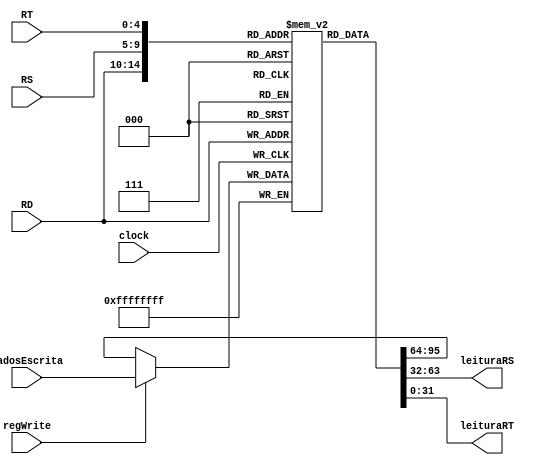
module banco_de_registradores(clock, regWrite, RS, RT,
RD, dadosEscrita, leituraRS, leituraRT);
	// ----------Portas de Entrada---------- //
	input [4:0] RS; // Registrador fonte
	input [4:0] RT; // Registrador alvo
	input [4:0] RD; // Registrador destino
	input [31:0] dadosEscrita; // Dado Escrito no Registrador

	// ----------Portas de Saida---------- //
	output [31:0] leituraRS; // Conteudo de RS
	output [31:0] leituraRT; // Conteudo de RT

	// ----------Controle---------- //
	input clock;
	input regWrite; // Sinal de Escrita

	reg [31:0] regs[31:0];
	
	always @ (posedge clock) begin
		regs[RD] <= regWrite ? dadosEscrita : regs[RD];
	end

	assign leituraRS = regs[RS];
	assign leituraRT = regs[RT];
endmodule